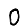
Digit: 0